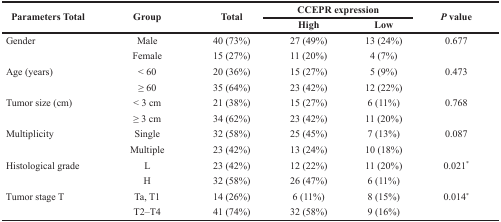
<table><thead><tr><td rowspan="2"><b>Parameters Total</b></td><td rowspan="2"><b>Group</b></td><td rowspan="2"><b>Total</b></td><td colspan="2"><b>CCEPR expression</b></td><td rowspan="2"><b><i>P</i> value</b></td></tr><tr><td><b>High</b></td><td><b>Low</b></td></tr></thead><tbody><tr><td>Gender</td><td>Male</td><td>40 (73%)</td><td>27 (49%)</td><td>13 (24%)</td><td>0.677</td></tr><tr><td></td><td>Female</td><td>15 (27%)</td><td>11 (20%)</td><td>4 (7%)</td><td></td></tr><tr><td>Age (years)</td><td>&lt; 60</td><td>20 (36%)</td><td>15 (27%)</td><td>5 (9%)</td><td>0.473</td></tr><tr><td></td><td>≥ 60</td><td>35 (64%)</td><td>23 (42%)</td><td>12 (22%)</td><td></td></tr><tr><td>Tumor size (cm)</td><td>&lt; 3 cm</td><td>21 (38%)</td><td>15 (27%)</td><td>6 (11%)</td><td>0.768</td></tr><tr><td></td><td>≥ 3 cm</td><td>34 (62%)</td><td>23 (42%)</td><td>11 (20%)</td><td></td></tr><tr><td>Multiplicity</td><td>Single</td><td>32 (58%)</td><td>25 (45%)</td><td>7 (13%)</td><td>0.087</td></tr><tr><td></td><td>Multiple</td><td>23 (42%)</td><td>13 (24%)</td><td>10 (18%)</td><td></td></tr><tr><td>Histological grade</td><td>L</td><td>23 (42%)</td><td>12 (22%)</td><td>11 (20%)</td><td>0.021*</td></tr><tr><td></td><td>H</td><td>32 (58%)</td><td>26 (47%)</td><td>6 (11%)</td><td></td></tr><tr><td>Tumor stage T</td><td>Ta, T1</td><td>14 (26%)</td><td>6 (11%)</td><td>8 (15%)</td><td>0.014*</td></tr><tr><td></td><td>T2–T4</td><td>41 (74%)</td><td>32 (58%)</td><td>9 (16%)</td><td></td></tr></tbody></table>